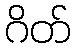
ဂိတ်